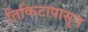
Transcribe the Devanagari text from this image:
तिकिटापासून